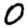
Digit: 0